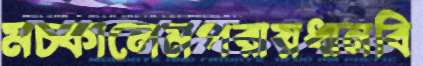
মচ্‌কালেমপরায়ধানবি